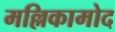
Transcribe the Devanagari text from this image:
मल्लिकामोद